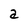
Character: a